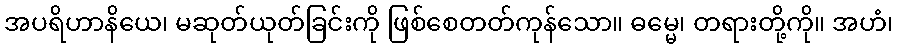
အပရိဟာနိယေ၊ မဆုတ်ယုတ်ခြင်းကို ဖြစ်စေတတ်ကုန်သော။ ဓမ္မေ၊ တရားတို့ကို။ အဟံ၊